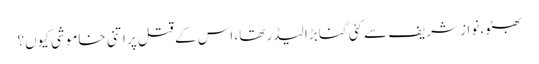
بھٹو، نواز شریف سے کئی گنا بڑا لیڈر تھا، اس کے قتل پر اتنی خاموشی کیوں؟